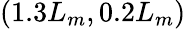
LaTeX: (1.3L_{m},0.2L_{m})